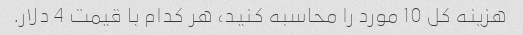
هزینه کل 10 مورد را محاسبه کنید، هر کدام با قیمت 4 دلار.